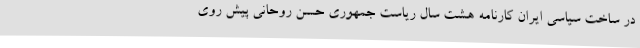
در ساخت سیاسی ایران کارنامه هشت سال ریاست جمهوری حسن روحانی پیش روی